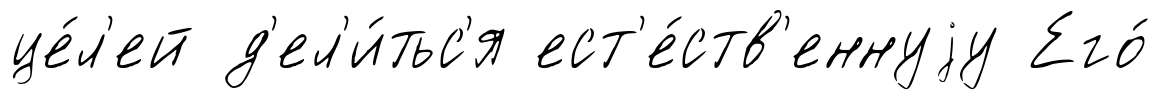
це́л'ей д'ел'и́тьс'я ест'е́ств'еннуjу Его́